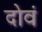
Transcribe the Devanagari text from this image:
दोवं